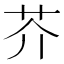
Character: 芥